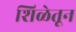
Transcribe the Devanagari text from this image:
शिळेतून